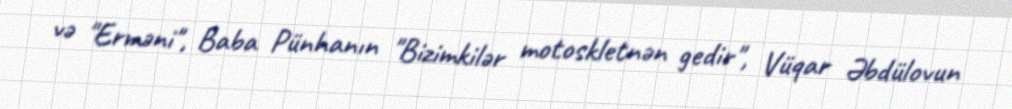
və "Erməni", Baba Pünhanın "Bizimkilər motoskletnən gedir", Vüqar Əbdülovun